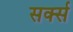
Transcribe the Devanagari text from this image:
सर्क्स